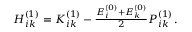
\begin{array} { r } { H _ { i k } ^ { ( 1 ) } = K _ { i k } ^ { ( 1 ) } - \frac { E _ { i } ^ { ( 0 ) } + E _ { k } ^ { ( 0 ) } } { 2 } P _ { i k } ^ { ( 1 ) } \, . } \end{array}